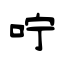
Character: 咛